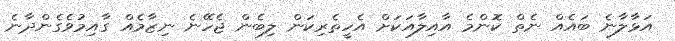
އަޅާލާނެ ބައެއް ނެތް ކޮންމެ އާއިލާއަކަށް އެހީތެރިކަން ލިބެން ޖެހޭނެ ނިޒާމެއް ގާއިމުވެގެންދާނެ